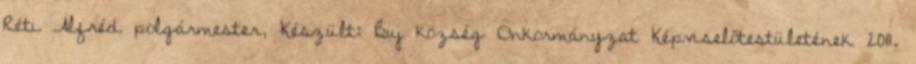
Réti Alfréd polgármester, Készült: Buj község Önkormányzat Képviselőtestületének 2011.